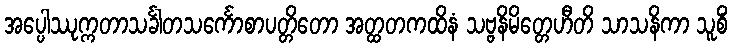
အပ္ပေါဿုက္ကတာသင်္ခါတသင်္ကောစာပတ္တိတော အတ္ထတကထိနံ သဗ္ဗနိမိတ္တေဟီတိ သာသနိကာ သူစိံ